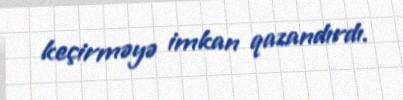
keçirməyə imkan qazandırdı.